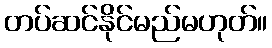
တပ်ဆင်နိုင်မည်မဟုတ်။